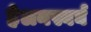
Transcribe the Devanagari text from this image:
हेलनस्बर्घ